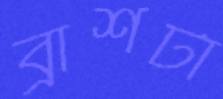
ব্রাশটা